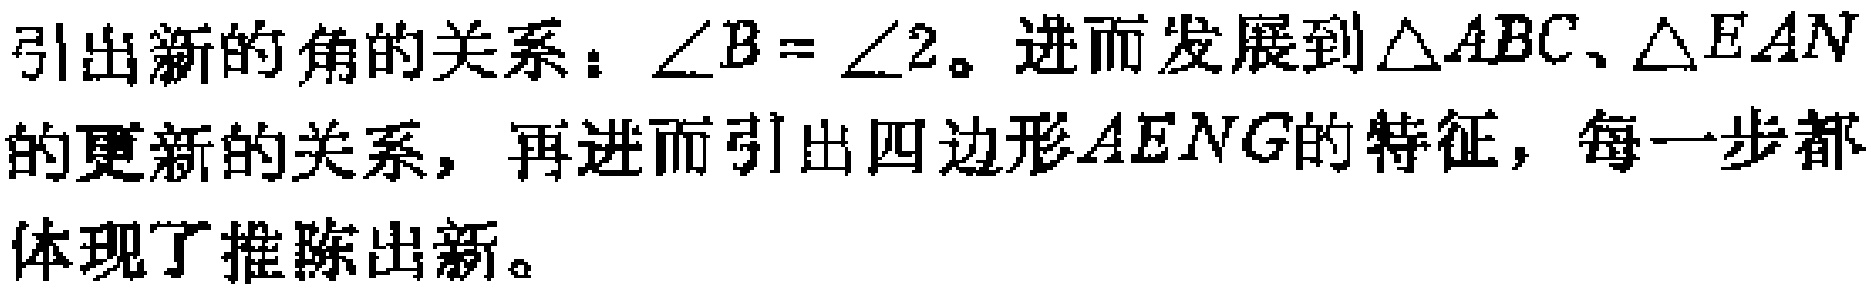
引出新的角的关系：\(\angle B = \angle 2\)。进而发展到\(\triangle ABC\)、\(\triangle EAN\)的更新的关系，再进而引出四边形\(AENG\)的特征，每一步都体现了推陈出新。